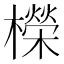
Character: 𣞁